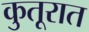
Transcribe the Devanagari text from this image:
कुतूरात